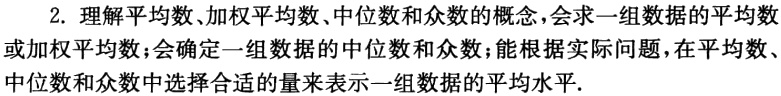
2. 理解平均数、加权平均数、中位数和众数的概念，会求一组数据的平均数或加权平均数；会确定一组数据的中位数和众数；能根据实际问题，在平均数、中位数和众数中选择合适的量来表示一组数据的平均水平.